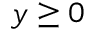
y \geq 0